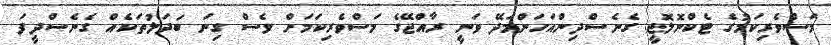
މަސްވެރިކަމުގެ ޓެކްނޮލޮޖީ ގެނެސްދިންއަހަންމަދޭ ވަނީ ރާއްޖޭގެ މަސްވެރިކަމަށް ވެސް ގިނަ ބަދަލުތަކެއް ގެނެސްދީފަ